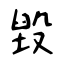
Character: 毀